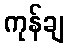
ကုန်ချ